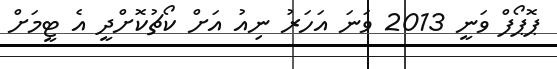
ޕޮޕޯފް ވަނީ 2013 ވަނަ އަހަރު ނިއު އަށް ކޯޗުކޮށްދީ އެ ޓީމަށް